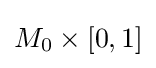
M_{0}\times [0,1]